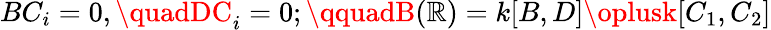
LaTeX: BC_{i}=0,\quadDC_{i}=0;\qquadB(\mathbb{R})=k[B,D]\oplusk[C_{1},C_{2}]